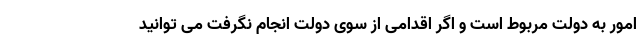
امور به دولت مربوط است و اگر اقدامی از سوی دولت انجام نگرفت می توانید